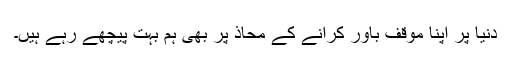
دنیا پر اپنا موقف باور کرانے کے محاذ پر بھی ہم بہت پیچھے رہے ہیں۔